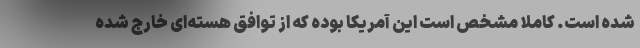
شده است. کاملا مشخص است این آمریکا بوده که از توافق هسته‌ای خارج شده